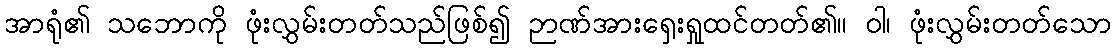
အာရုံ၏ သဘောကို ဖုံးလွှမ်းတတ်သည်ဖြစ်၍ ဉာဏ်အားရှေးရှုထင်တတ်၏။ ဝါ၊ ဖုံးလွှမ်းတတ်သော